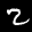
Label: 2